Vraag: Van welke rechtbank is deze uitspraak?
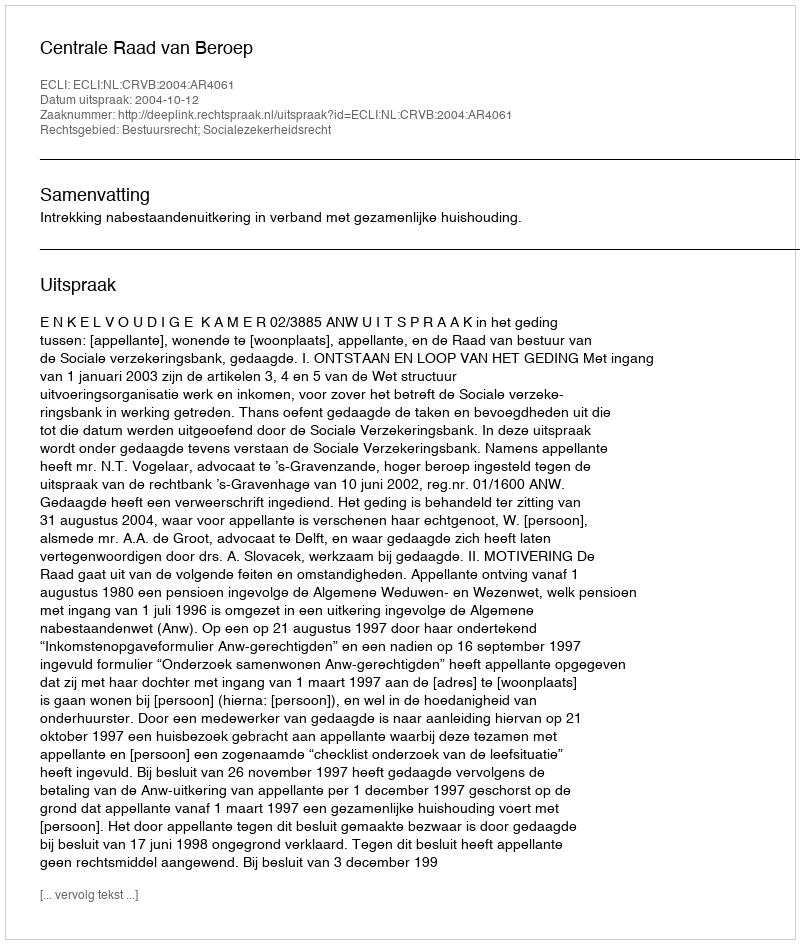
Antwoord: Centrale Raad van Beroep